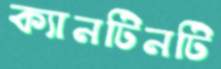
ক্যানটিনটি